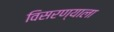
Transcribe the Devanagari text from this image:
विसरण्याला